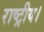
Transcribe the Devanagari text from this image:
राष्ट्रीय।